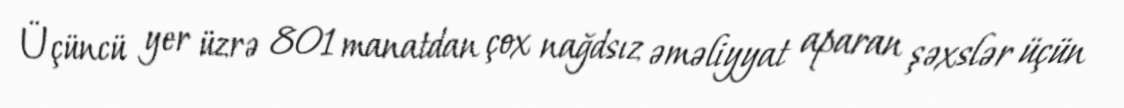
Üçüncü yer üzrə 801 manatdan çox nağdsız əməliyyat aparan şəxslər üçün